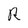
Character: R